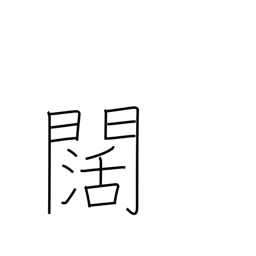
Meaning: wide